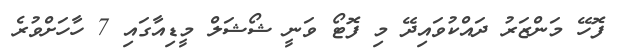
ފޮހޭ މަންޒަރު ދައްކުވައިދޭ މި ފޮޓޯ ވަނީ ޝޯޝަލް މީޑިއާގައި 7 ހާހަށްވުރެ